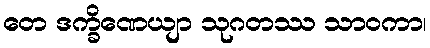
တေ ဒက္ခိဏေယျာ သုဂတဿ သာဝကာ၊